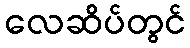
လေဆိပ်တွင်